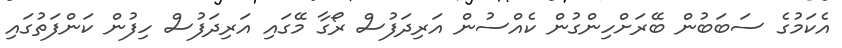
އެކަމުގެ ސަބަބުން ބޭރަށްހިންގުން ކެއްސުން އަރިދަފުސް ރޯގާ މޭގައި އަރިދަފުސް ހިފުން ކަންފަތުގައި